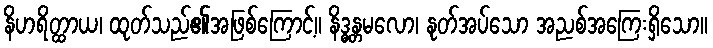
နိဟရိတ္ထာယ၊ ထုတ်သည်၏အဖြစ်ကြောင့်။ နိဒ္ဓန္တမလော၊ နုတ်အပ်သော အညစ်အကြေးရှိသော။